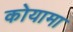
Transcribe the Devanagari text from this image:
कोयामा